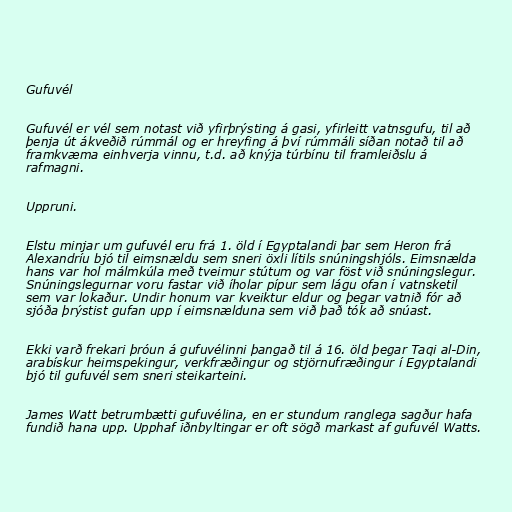
Gufuvél

Gufuvél er vél sem notast við yfirþrýsting á gasi, yfirleitt vatnsgufu, til að
þenja út ákveðið rúmmál og er hreyfing á því rúmmáli síðan notað til að
framkvæma einhverja vinnu, t.d. að knýja túrbínu til framleiðslu á
rafmagni.

Uppruni.

Elstu minjar um gufuvél eru frá 1. öld í Egyptalandi þar sem Heron frá
Alexandríu bjó til eimsnældu sem sneri öxli lítils snúningshjóls. Eimsnælda
hans var hol málmkúla með tveimur stútum og var föst við snúningslegur.
Snúningslegurnar voru fastar við íholar pípur sem lágu ofan í vatnsketil
sem var lokaður. Undir honum var kveiktur eldur og þegar vatnið fór að
sjóða þrýstist gufan upp í eimsnælduna sem við það tók að snúast.

Ekki varð frekari þróun á gufuvélinni þangað til á 16. öld þegar Taqi al-Din,
arabískur heimspekingur, verkfræðingur og stjörnufræðingur í Egyptalandi
bjó til gufuvél sem sneri steikarteini.

James Watt betrumbætti gufuvélina, en er stundum ranglega sagður hafa
fundið hana upp. Upphaf iðnbyltingar er oft sögð markast af gufuvél Watts.